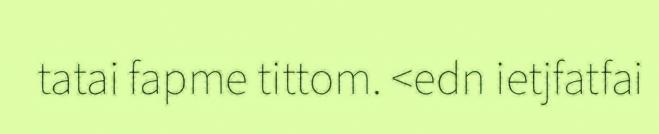
tatai fapme tittom. <edn ietjfatfai